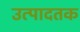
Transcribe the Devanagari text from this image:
उत्पादतक